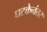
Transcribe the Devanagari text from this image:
घटकेनंतर